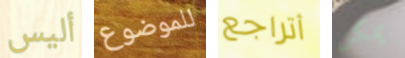
أليس للموضوع أتراجع يمكن